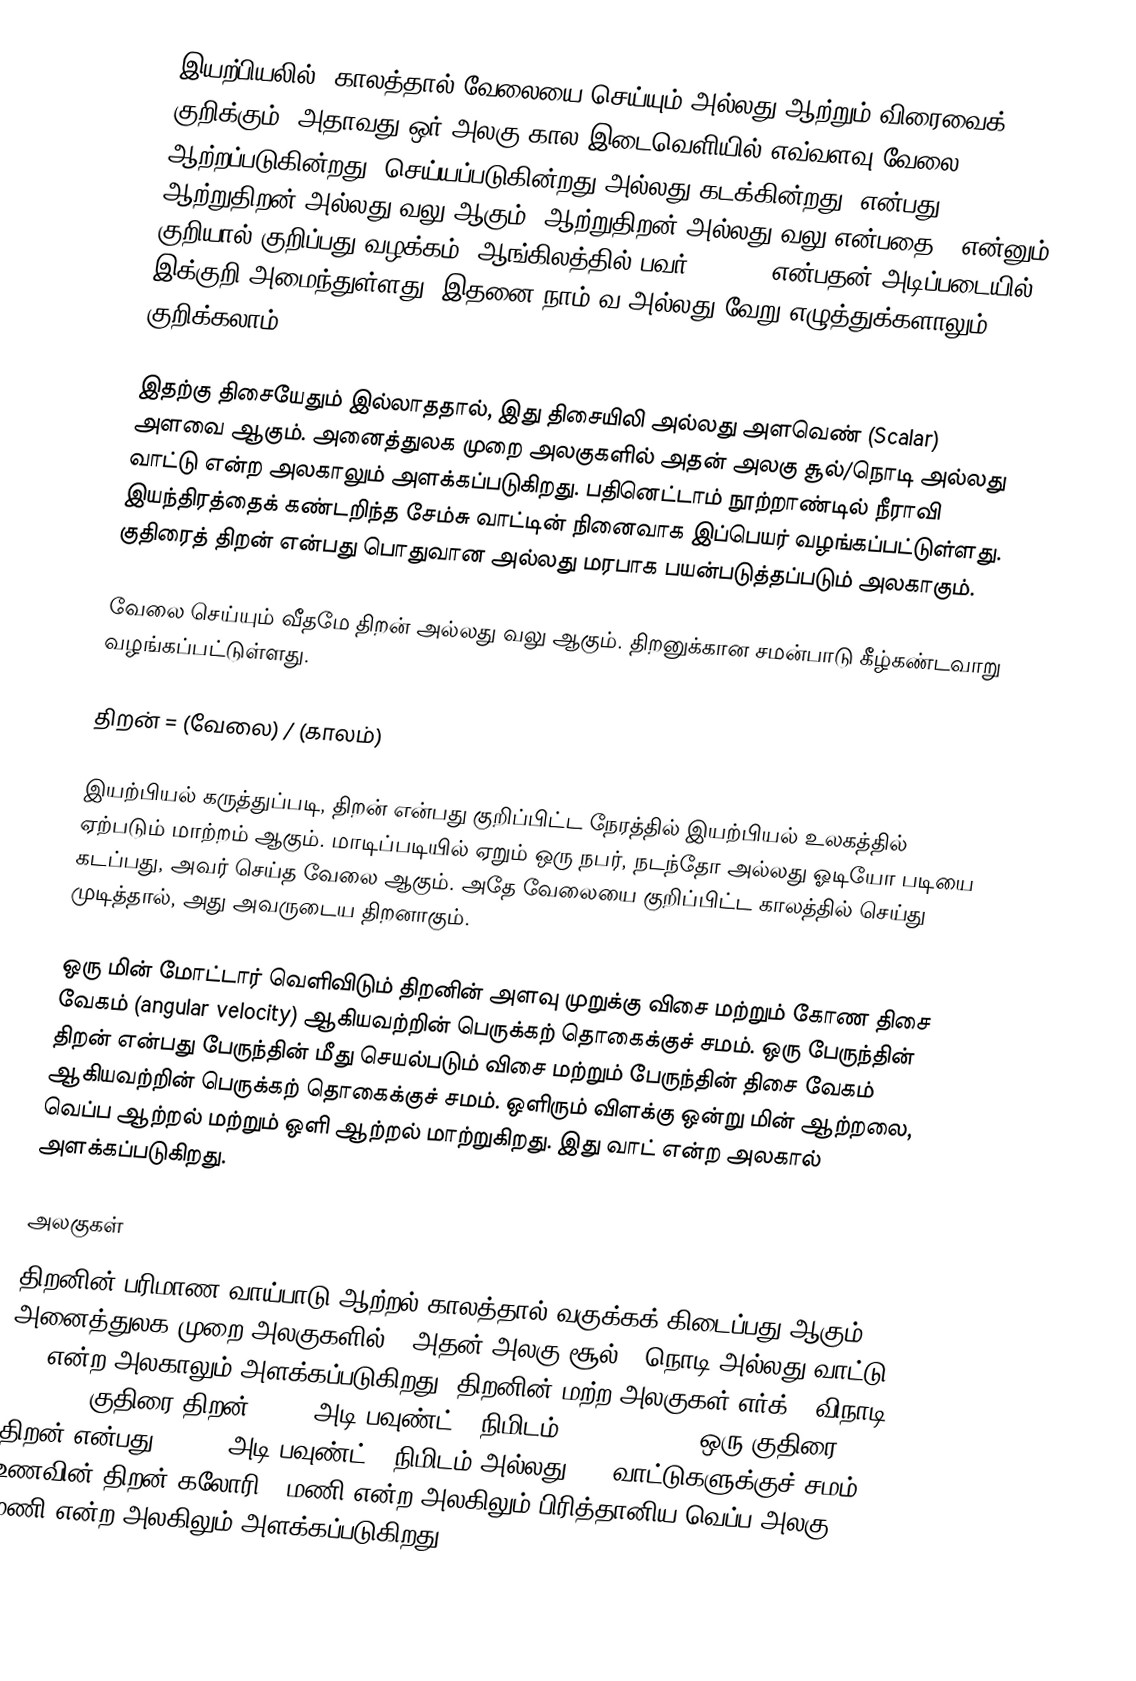
இயற்பியலில், காலத்தால் வேலையை செய்யும் அல்லது ஆற்றும் விரைவைக் குறிக்கும். அதாவது ஒர் அலகு கால இடைவெளியில் எவ்வளவு வேலை ஆற்றப்படுகின்றது (செய்யப்படுகின்றது அல்லது கடக்கின்றது) என்பது ஆற்றுதிறன் அல்லது  வலு ஆகும். ஆற்றுதிறன் அல்லது வலு என்பதை P என்னும் குறியால் குறிப்பது வழக்கம். ஆங்கிலத்தில் பவர் (power) என்பதன் அடிப்படையில் இக்குறி அமைந்துள்ளது. இதனை நாம் வ அல்லது வேறு எழுத்துக்களாலும் குறிக்கலாம்.

இதற்கு திசையேதும் இல்லாததால், இது திசையிலி அல்லது அளவெண் (Scalar) அளவை ஆகும். அனைத்துலக முறை அலகுகளில் அதன் அலகு  சூல்/நொடி அல்லது வாட்டு என்ற அலகாலும் அளக்கப்படுகிறது. பதினெட்டாம் நூற்றாண்டில் நீராவி இயந்திரத்தைக் கண்டறிந்த சேம்சு வாட்டின் நினைவாக இப்பெயர் வழங்கப்பட்டுள்ளது. குதிரைத் திறன் என்பது பொதுவான அல்லது மரபாக பயன்படுத்தப்படும் அலகாகும்.

வேலை செய்யும் வீதமே திறன் அல்லது வலு ஆகும். திறனுக்கான சமன்பாடு கீழ்கண்டவாறு வழங்கப்பட்டுள்ளது.

திறன் = (வேலை) / (காலம்)

இயற்பியல் கருத்துப்படி, திறன் என்பது குறிப்பிட்ட நேரத்தில் இயற்பியல் உலகத்தில் ஏற்படும் மாற்றம் ஆகும். மாடிப்படியில் ஏறும் ஒரு நபர், நடந்தோ அல்லது ஓடியோ படியை கடப்பது, அவர் செய்த வேலை ஆகும். அதே வேலையை குறிப்பிட்ட காலத்தில் செய்து முடித்தால், அது அவருடைய திறனாகும்.

ஒரு மின் மோட்டார் வெளிவிடும் திறனின் அளவு முறுக்கு விசை மற்றும் கோண திசை வேகம் (angular velocity) ஆகியவற்றின் பெருக்கற் தொகைக்குச் சமம். ஒரு பேருந்தின் திறன் என்பது பேருந்தின் மீது செயல்படும் விசை மற்றும் பேருந்தின் திசை வேகம் ஆகியவற்றின் பெருக்கற் தொகைக்குச் சமம். ஒளிரும் விளக்கு ஒன்று மின் ஆற்றலை, வெப்ப ஆற்றல் மற்றும் ஒளி ஆற்றல் மாற்றுகிறது. இது வாட் என்ற அலகால் அளக்கப்படுகிறது.

அலகுகள்
திறனின் பரிமாண வாய்பாடு ஆற்றல் காலத்தால் வகுக்கக் கிடைப்பது ஆகும். அனைத்துலக முறை அலகுகளில்]] அதன் அலகு  சூல் / நொடி  அல்லது வாட்டு (W) என்ற அலகாலும் அளக்கப்படுகிறது. திறனின் மற்ற அலகுகள் எர்க் / விநாடி (erg/s), குதிரை திறன்  (hp), அடி-பவுண்ட் / நிமிடம் (foot-pound), ஒரு குதிரை திறன் என்பது 33,000 அடி-பவுண்ட் / நிமிடம் அல்லது 746 வாட்டுகளுக்குச் சமம். உணவின் திறன் கலோரி / மணி என்ற அலகிலும் பிரித்தானிய வெப்ப அலகு / மணி என்ற அலகிலும் அளக்கப்படுகிறது. (12,000 BTU